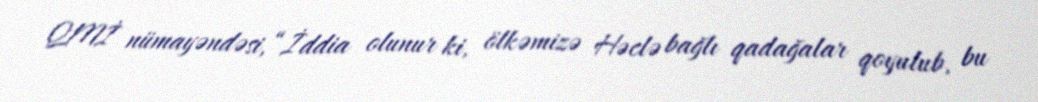
QMİ nümayəndəsi, “İddia olunur ki, ölkəmizə Həclə bağlı qadağalar qoyulub, bu